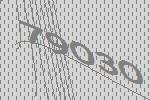
79030